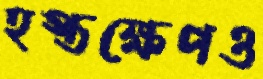
হস্তক্ষেপও